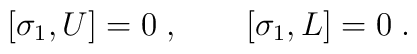
\left[\sigma_{1},U\right] = 0\;,\qquad \left[\sigma_{1},L\right] =0\;.